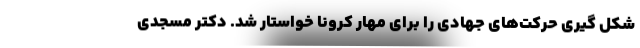
شکل گیری حرکت‌های جهادی را برای مهار کرونا خواستار شد. دکتر مسجدی